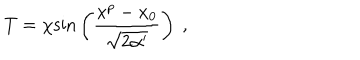
T = \chi \mathrm { s i n } \left( { \frac { x ^ { p } - x _ { 0 } } { \sqrt { 2 \alpha ^ { \prime } } } } \right) \ ,